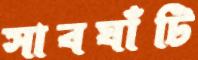
সাবঘাঁটি